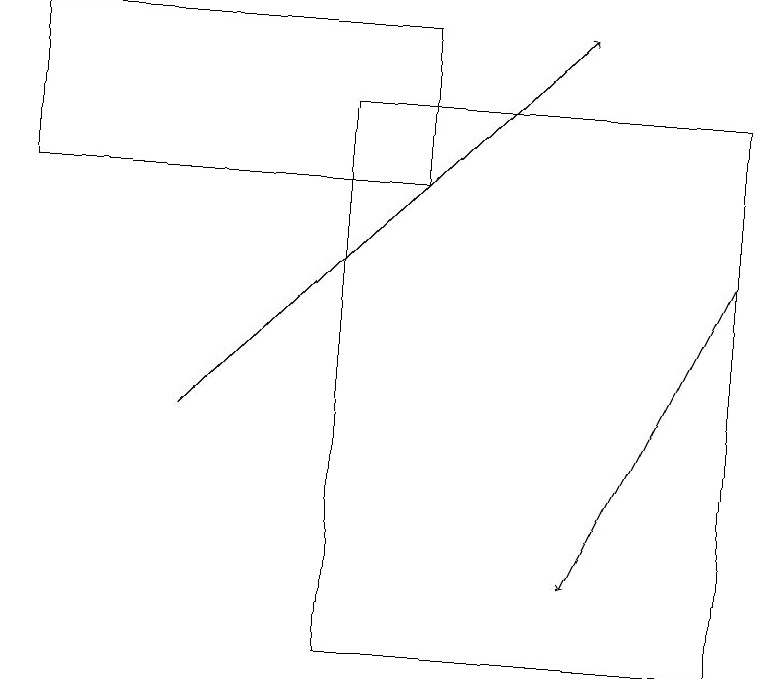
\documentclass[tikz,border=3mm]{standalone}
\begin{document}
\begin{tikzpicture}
\draw[->] (2,14) -- (7,19);
\draw[->] (9,16) -- (7,12);
\draw (4,18) rectangle (9,11);
\draw (5,17) rectangle (0,19);
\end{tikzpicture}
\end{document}